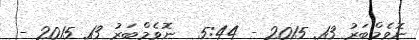
ނޮވެމްބަރު 13